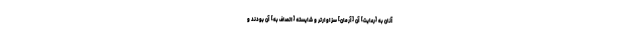
آنان به [رعايت] آن [آرمان] سزاوارتر و شايسته [اتصاف به] آن بودند و